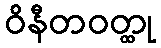
ဝိနီတဝတ္ထု